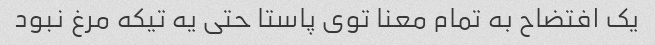
یک افتضاح به تمام معنا توی پاستا حتی یه تیکه مرغ نبود